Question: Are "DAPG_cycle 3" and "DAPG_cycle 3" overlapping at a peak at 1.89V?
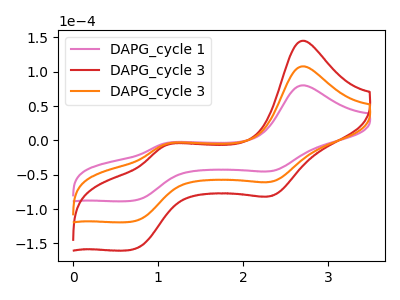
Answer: <think>The pink curve "DAPG_cycle 1" has anodic peaks at (2.70V, 80.30uA) (1.10V, -4.50uA) and cathodic peaks at (2.35V, -44.20uA) (0.70V, -87.80uA). The red curve "DAPG_cycle 3" has anodic peaks at (2.70V, 216.00uA) (1.10V, -12.10uA) and cathodic peaks at (2.35V, -118.85uA) (0.70V, -236.20uA). The orange curve "DAPG_cycle 3" has anodic peaks at (2.70V, 108.00uA) (1.10V, -6.05uA) and cathodic peaks at (2.35V, -59.45uA) (0.70V, -118.10uA).</think>
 <answer>No, "DAPG_cycle 3" and "DAPG_cycle 3" dont share a peak at 1.89V.</answer>
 <eval>mismatch</eval>